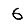
Digit: 6